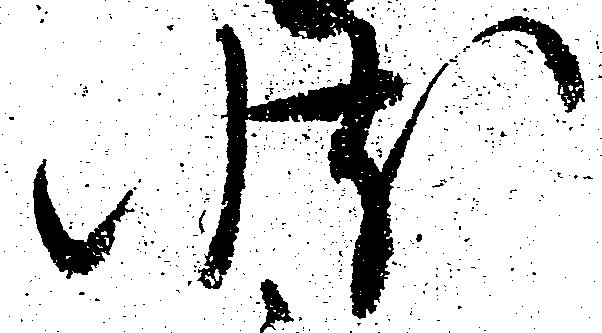
状